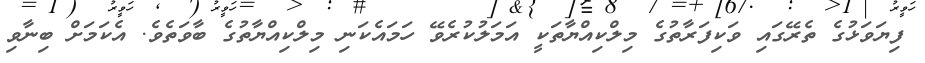
ފިޔަވަޅުގެ ތެރޭގައި ވަކިފަރާތުގެ މިލްކިއްޔާތަކީ އަމަލުކުރެވޭ ހަމައެކަނި މިލްކިއްޔާތުގެ ބާވަތެވެ. އެކަމަށް ބިނާވި